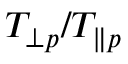
T _ { \perp p } / T _ { \parallel p }